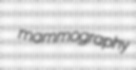
mammography